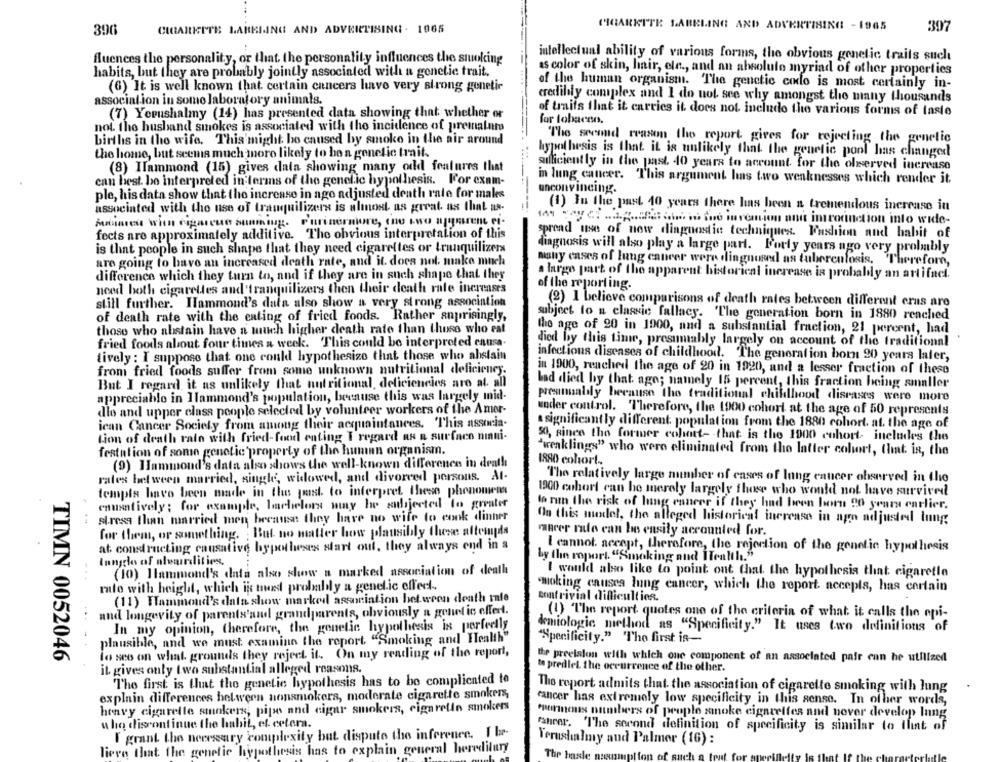
390
CIGARETTE LABELING AND ADVERTISING - 1965
CIGARETTE LABELING AND ADVERTISING - 1965
397
fluences the personality, or that the personality influences the smoking
intellectual ability of various forms, the obvious genetic traits sucht
habits, but they are probably jointly associated with a genetic trait.
as color of skin, hair, ele ., and an absolute myriad of other properties
of the human organism. The genetic codo is most certainly in-
(6) It is well known that certain cancers have very strong gonetir
association in some laboratory animals.
credilily complex and I do not see why amongst the many thousands
(7) Yerushalmy (14) has presented data showing that whether or
of traits that it carries it does not include the various forms of taste
for tobacco.
not. the husband smokes is associated with the incidence of premalut
births in the wife, This might ho caused by smoko in the air around
The second reason the report gives for rejecting the genetic
hypothesis is that it is unlikely that the genetic pool has changed
the home, but seems much more likely to hoa genetic trait.
sillicient ly in the past. 40 years to account for the olserved increase
(8) Ilammond (15) gives dala showing many odd features that
can best. be interpreted in terms of the genelic hypothesis. For exam-
in lung cancer. This argument has two weaknesses which render it.
unconvincing.
ple, his data show that the increase in ago adjusted death rate for makes
associated with the use of tranquilizers is almost as great us that as-
(1) Iu the past 10 years there has been a tremendous increase in
inermore, (nu I-wo agen -
introduction into wide-
fects are approximately additive. The obvious interpretation of this
spread use of now diagnostic techniques. Fashion and habit of
is that people in such shape that they need cigarettes or tranquilizers
diagnosis will also play a large part. Forly years ago very probably
are going to have an increased death rate, and it. does not: make much
many cases of lung cancer were diagnosed as tuberculosis. Therefore,
difference which they turn to, and if they are in such shape that they
a large part of the apparent historical increase is probably an artifact.
need both cigarettes and tranquilizers then their death rate increases
of the reporting.
still further. Hammond's data also show a very strong association
(2) I believe comparisons of death rates between different eras are
of death rate with the eating of fried foods. Rather anprisingly,
subject to a classic fallacy. "The generation born in 1880 reached
those who abstain have a much higher death rate than those who eat
the age of 20 in 1900, and a substantial fraction, 21 percent, had
fried foods about four times a week. This could be interpreted causa-
died by this time, presumably largely on account of the traditional
tively : I suppose that one could hypothesize that those who ahstain
infectious diseases of childhood. The generation born 20 years later,
from fried foods suffer from some unknown nutritional deficiency.
in 1900, reached the age of 20 in 1920, and a lesser fraction of these
But I regard it as unlikely that nutritional, deficiencies aro at all
Lad died by that ago; namely 15 percent, this fraction being smaller
appreciable in Hammond's population, because this was largely mid-
preanualily because the traditional childhood diseases were more
dlo and upper class people selected by volunteer workers of the Amer-
under control. "Therefore, the 1900 cohort at the age of 50 represents
ican Cancer Society from among their acquaintances. This associa-
a significant ly different population from the 1880 cohort. at. the age of
tion of death rato with fried-food eating Iregard as n surface ninni-
50, since the former colunt- that is the 1900 cohort- includes the
festation of some genetic property of the human organism.
"wenklings" who were eliminated from the latter cohort, (hint is, the
(9) Hammond's data also shows the well-known difference in death
1880 colort-
rates between married, single, widowed, and divorced persous. At-
The relatively large number of cases of lung cancer observed in the
templs have been made in the past. to interpret these phonomins
1900 cohort can be merely largely those who would not have survived
enusatively; for example, bachelors way he subjected to greater
to run the risk of lung cancer if they had been born 90 years earlier.
stress than married mon because they have no wife to cook dinner
On this model, the alleged historical increase in ago adjusted lung
for them, or something. ; But no matter how plausibly these attends
racer malo can be easily accounted for.
at constructing causative hypotheses start out, they always end in a
I cannot accept, therefore, the rejection of the genetic hypothesis
by the roport. "Smoking and Health."
Innglo of aleardities,
(10) Hammond's data also show a marked association of death
I would also like to point out that the hypothesis that cigaretle
mato with height, which ik tet probably a genelic offeel -.
moking causes lung cancer, which the report accepts, has certain
(11) Hammoud's data show marked association between death rate
Dentrivial difficulties.
and longevity of parents'and grandparents, obviously a genetic eftert.
(!) The report quotes one of the criteria of what it calls the epi-
In my opinion, therefore, the genetic hypothesis is perfectly
demiologic method as "Specificity." It uses two definitions of
plausible, and we must examine the report "Smoking and Health"
"Specificity." The first is-
lo seo on what grounds they reject it. On my reading of the report,
TIMN 0052046
the precision with which one component of an associated pair can he utilized
it gives only two substantial alleged reasons.
te predlet the occurrence of the other.
The first is that the genetic hypothesis has to be complicated to
The report admits that the association of cigarette smoking with lung
explain differences between nonsmokers, moderate cigarette smokers,
cancer has extremely low specificity in this sense. In other words,
heavy cigarette smokers, pipe and cigar smokers, cigarette smokers
Permous numbers of people smoke cigarettes and bever develop lang
who discontinue the habit, et cetera.
fahrer. "The second definition of specificity is similar to that of
I grant the necessary complexity but disputo the inference. I br-
Verushalmy and Palmer (16) :
lieve that the genetic hypothesis has to explain general heredilury
The hasle musimy